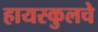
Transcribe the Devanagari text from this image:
हायस्‍कुलचे